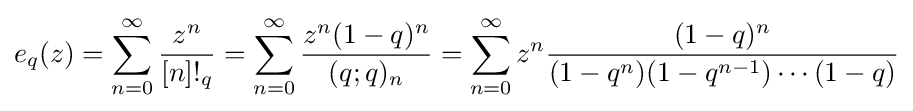
e_{q}(z)=\sum _{n=0}^{\infty }{\frac {z^{n}}{[n]!_{q}}}=\sum _{n=0}^{\infty }{\frac {z^{n}(1-q)^{n}}{(q;q)_{n}}}=\sum _{n=0}^{\infty }z^{n}{\frac {(1-q)^{n}}{(1-q^{n})(1-q^{n-1})\cdots (1-q)}}